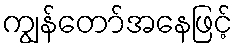
ကျွန်တော်အနေဖြင့်